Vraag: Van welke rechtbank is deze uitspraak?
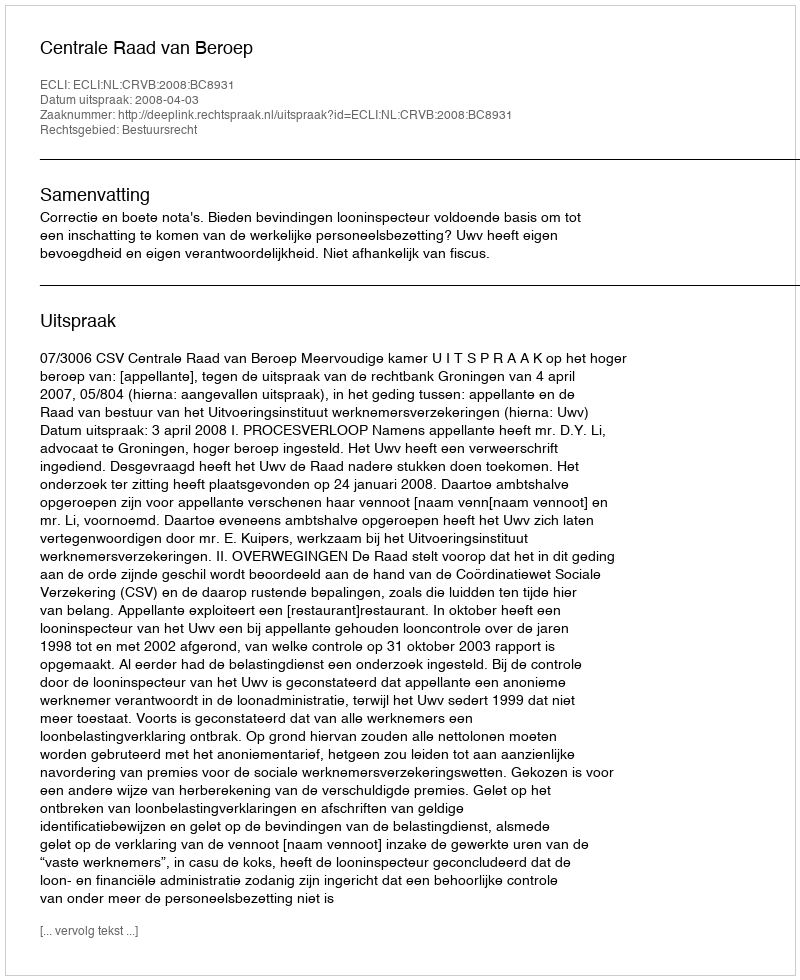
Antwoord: Centrale Raad van Beroep